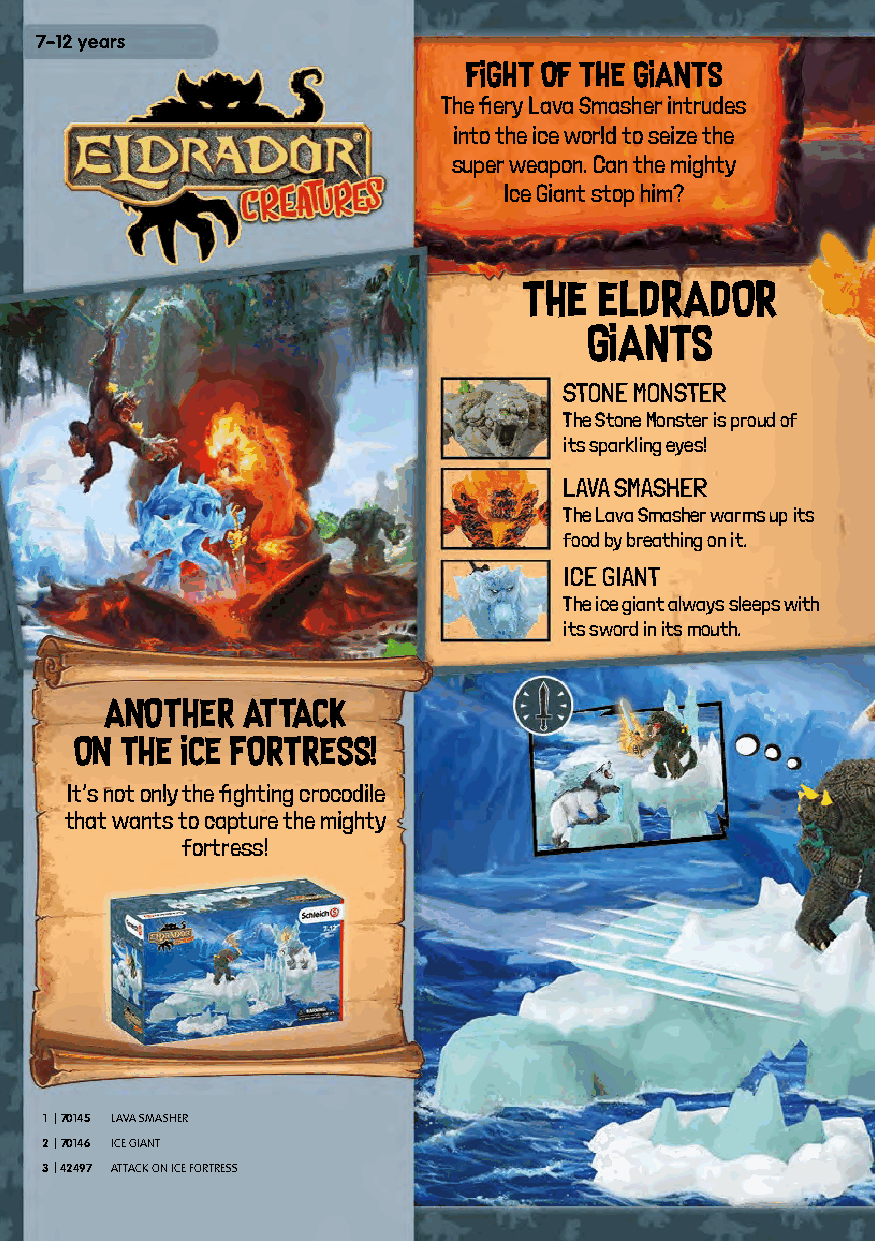
7–12 years
 FIGHT OF THE GIANTS
 The fiery Lava Smasher intrudes
 into the ice world to seize the
 super weapon. Can the mighty
 Ice Giant stop him?
 THE  ELDRADOR
 GIANTS
 STONE MONSTER
 The Stone Monster is proud of
 its sparkling eyes!
 LAVA SMASHER
 The Lava Smasher warms up its
 food by breathing on it.
 ICE GIANT
 The ice giant always sleeps with
 its sword in its mouth.
 ANOTHER  ATTACK
 ON THE ICE FORTRESS!
 It’s not only the fighting crocodile
 that wants to capture the mighty
 fortress!
 1 |70145 LAVA SMASHER
 2|70146 ICE GIANT
 3|42497 ATTACK ON ICE FORTRESS